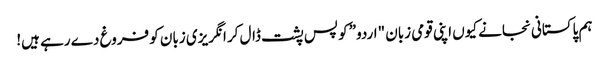
ہم پاکستانی نجانے کیوں اپنی قومی زبان "اردو” کو پس پشت ڈال کر انگریزی زبان کو فروغ دے رہے ہیں!